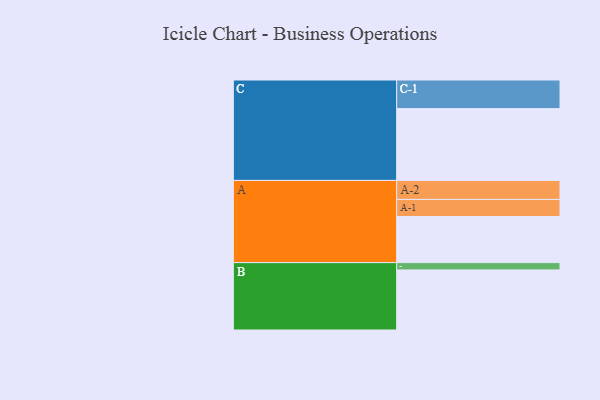
{"axis": {"x": "Segment", "y": "Value"}, "legend": ["", "A", "B", "C"], "data": [{"x": "A", "y": 385, "type": ""}, {"x": "B", "y": 502, "type": ""}, {"x": "C", "y": 600, "type": ""}, {"x": "A-1", "y": 143, "type": "A"}, {"x": "A-2", "y": 159, "type": "A"}, {"x": "B-1", "y": 61, "type": "B"}, {"x": "C-1", "y": 239, "type": "C"}]}